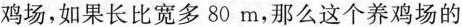
鸡场，如果长比宽多80m，那么这个养鸡场的